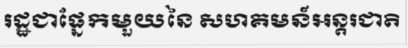
រដ្ឋជាផ្នែកមួយនៃ សហគមន៍អន្តរជាតិ